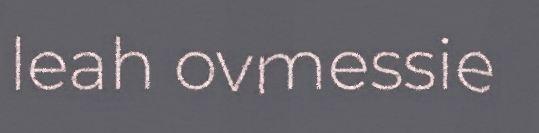
leah ovmessie